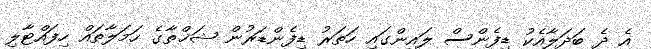
އެ ދެ ބަދަލާއެކު ޑިފެންސް ލައިންގައި ހަތަރު ޑިފެންޑަރުން ޝަޚްތާގެ ހަމަލާތައް ހިފައްޓާލި